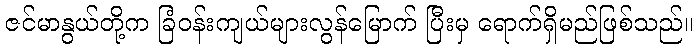
ဇင်မာနွယ်တို့က ခြံဝန်းကျယ်များလွန်မြောက် ပြီးမှ ရောက်ရှိမည်ဖြစ်သည်။